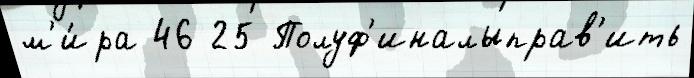
м'и́ра 46 25 Полуф'иналыправ'ить